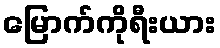
မြောက်ကိုရီးယား